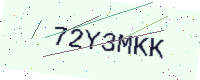
Text: 72Y3MKK